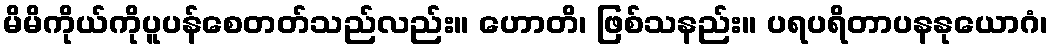
မိမိကိုယ်ကိုပူပန်စေတတ်သည်လည်း။ ဟောတိ၊ ဖြစ်သနည်း။ ပရပရိတာပနနုယောဂံ၊